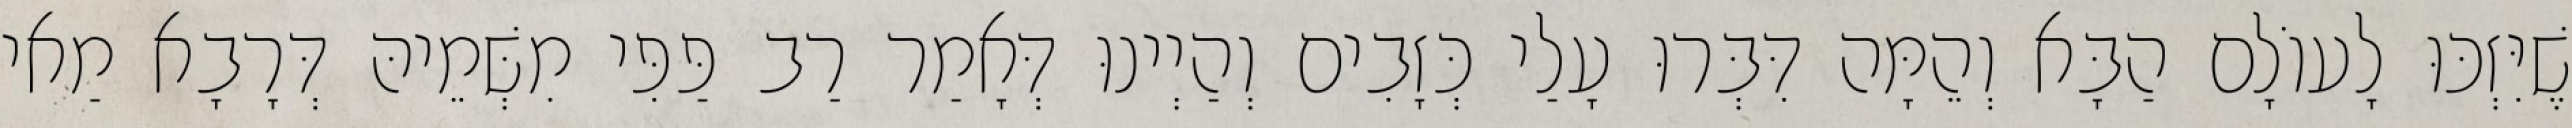
שֶׁיִּזְכּוּ לָעוֹלָם הַבָּא וְהֵמָּה דִּבְּרוּ עָלַי כְּזָבִים וְהַיְינוּ דְּאָמַר רַב פַּפִּי מִשְּׁמֵיהּ דְּרָבָא מַאי